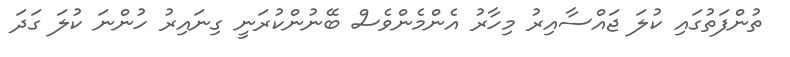
ތުންފަތުގައި ކުލަ ޖައްސާއިރު މިހާރު އެންމެންވެސް ބޭނުންކުރަނީ ގިނައިރު ހުންނަ ކުލަ ގަދަ